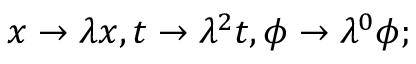
x \to \lambda x , t \to \lambda ^ { 2 } t , \phi \to \lambda ^ { 0 } \phi ;